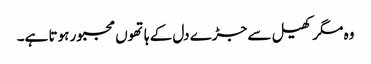
وہ مگر کھیل سے جڑے دل کے ہاتھوں مجبور ہوتا ہے۔